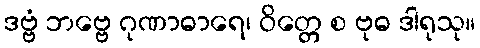
ဒဗ္ဗံ ဘဗ္ဗေ ဂုဏာဓာရေ၊ ဝိတ္တေ စ ဗုဓ ဒါရုသု။